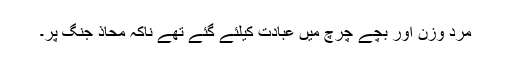
مرد وزن اور بچے چرچ میں عبادت کیلئے گئے تھے ناکہ محاذ جنگ پر۔